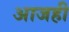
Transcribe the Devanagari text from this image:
अाजही